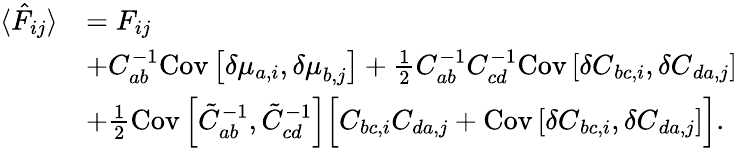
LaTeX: \begin{array}{rl}{\langle\hat{F}_{ij}\rangle}&{=F_{ij}}\\ &{+{C}_{ab}^{-1}\mathrm{Cov}\left[\delta{\mu}_{a,i},{\delta\mu}_{b,j}\right]+\frac{1}{2}C_{ab}^{-1}C_{cd}^{-1}\mathrm{Cov}\left[{\delta C}_{bc,i},{\delta C}_{da,j}\right]}\\ &{+\frac{1}{2}\mathrm{Cov}\left[\tilde{C}_{ab}^{-1},\tilde{C}_{cd}^{-1}\right]\Big[{C}_{bc,i}{C}_{da,j}+\mathrm{Cov}\left[{\delta C}_{bc,i},{\delta C}_{da,j}\right]\Big].}\end{array}